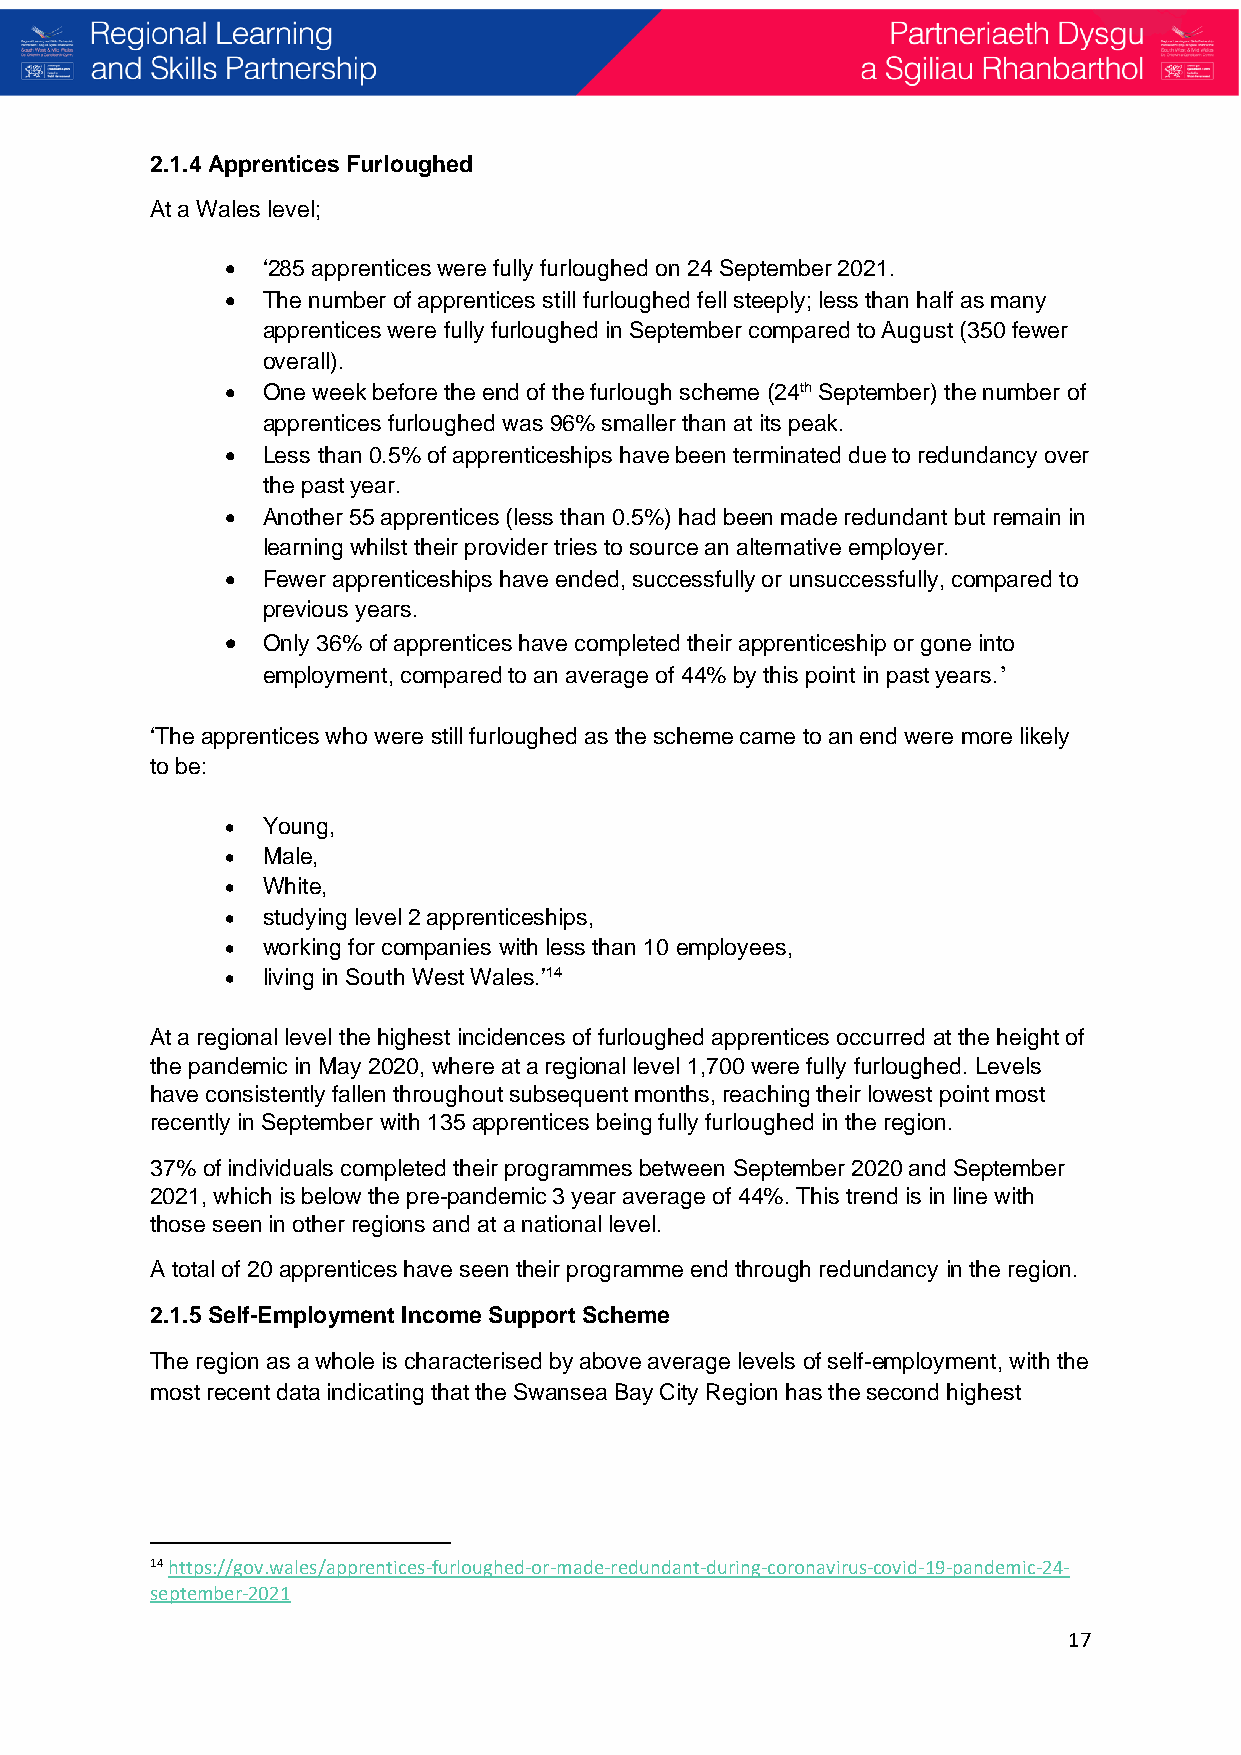
2.1.4 Apprentices Furloughed
 At a Wales level;
 • ‘285 apprentices were fully furloughed on 24 September 2021.
 • The number of apprentices still furloughed fell steeply; less than half as many
 apprentices were fully furloughed in September compared to August (350 fewer
 overall).
 • One week before the end of the furlough scheme (24th September) the number of
 apprentices furloughed was 96% smaller than at its peak.
 • Less than 0.5% of apprenticeships have been terminated due to redundancy over
 the past year.
 • Another 55 apprentices (less than 0.5%) had been made redundant but remain in
 learning whilst their provider tries to source an alternative employer.
 • Fewer apprenticeships have ended, successfully or unsuccessfully, compared to
 previous years.
 • Only 36% of apprentices have completed their apprenticeship or gone into
 employment, compared to an average of 44% by this point in past years.’
 ‘The apprentices who were still furloughed as the scheme came to an end were more likely
 to be:
 • Young,
 • Male,
 • White,
 • studying level 2 apprenticeships,
 • working for companies with less than 10 employees,
 • living in South West Wales.’14
 At a regional level the highest incidences of furloughed apprentices occurred at the height of
 the pandemic in May 2020, where at a regional level 1,700 were fully furloughed. Levels
 have consistently fallen throughout subsequent months, reaching their lowest point most
 recently in September with 135 apprentices being fully furloughed in the region.
 37% of individuals completed their programmes between September 2020 and September
 2021, which is below the pre-pandemic 3 year average of 44%. This trend is in line with
 those seen in other regions and at a national level.
 A total of 20 apprentices have seen their programme end through redundancy in the region.
 2.1.5 Self-Employment Income Support Scheme
 The region as a whole is characterised by above average levels of self-employment, with the
 most recent data indicating that the Swansea Bay City Region has the second highest
 14 https://gov.wales/apprentices-furloughed-or-made-redundant-during-coronavirus-covid-19-pandemic-24-
 september-2021
 17